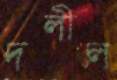
দলীল